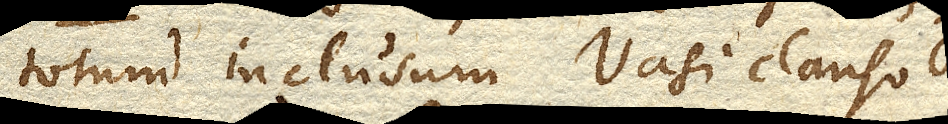
totum inclusum vasi clauso